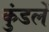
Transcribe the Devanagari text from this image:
कुंडलें